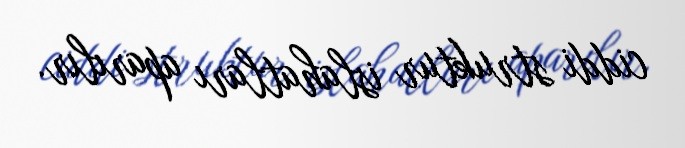
ciddi struktur islahatları aparılır.